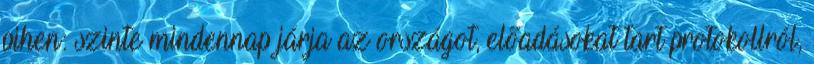
pihen: szinte mindennap járja az országot, előadásokat tart protokollról,